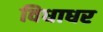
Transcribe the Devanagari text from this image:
विधाधर